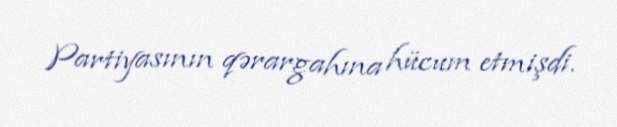
Partiyasının qərargahına hücum etmişdi.